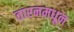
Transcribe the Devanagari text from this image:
तारनमधून